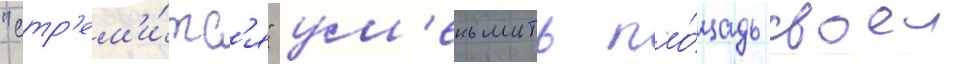
"стр'ем'и́тс'я" ум'еньшить пло́щадь своеи